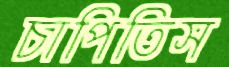
চাপিতিস